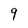
Character: 9